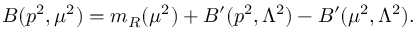
B ( p ^ { 2 } , \mu ^ { 2 } ) = m _ { R } ( \mu ^ { 2 } ) + B ^ { \prime } ( p ^ { 2 } , \Lambda ^ { 2 } ) - B ^ { \prime } ( \mu ^ { 2 } , \Lambda ^ { 2 } ) .